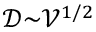
\mathcal { D } { \sim } \mathcal { V } ^ { 1 / 2 }